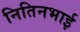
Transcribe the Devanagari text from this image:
नितिनभाई